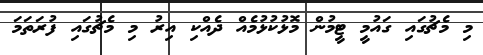
މި މެޗުގައި ގައުމީ ޓީމުން މޮޅުކުޅުމެއް ދެއްކި އިރު މި މެޗުގައި ފުރަތަމަ